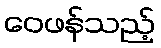
ဝေဖန်သည့်